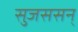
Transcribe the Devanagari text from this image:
सुजससन्